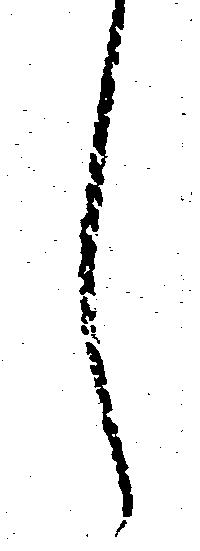
し